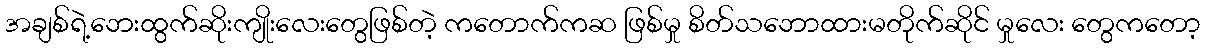
အချစ်ရဲ့ဘေးထွက်ဆိုးကျိုးလေးတွေဖြစ်တဲ့ ကတောက်ကဆ ဖြစ်မှု စိတ်သဘောထားမတိုက်ဆိုင် မှုလေး တွေကတော့